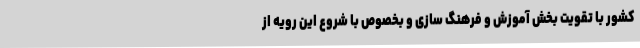
کشور با تقویت بخش آموزش و فرهنگ سازی و بخصوص با شروع این رویه از